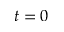
t = 0